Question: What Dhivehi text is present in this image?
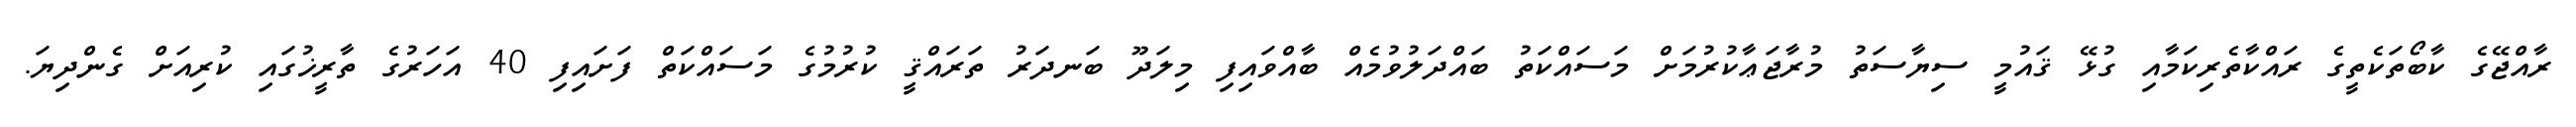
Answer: ރާއްޖޭގެ ކާބޯތަކެތީގެ ރައްކާތެރިކަމާއި ގުޅޭ ޤައުމީ ސިޔާސަތު މުރާޖަޢާކުރުމަށް މަސައްކަތު ބައްދަލުވުމެއް ބާއްވައިފި މިލަދޫ ބަނދަރު ތަރައްޤީ ކުރުމުގެ މަސައްކަތް ފަށައިފި 40 އަހަރުގެ ތާރީޚުގައި ކުރިއަށް ގެންދިޔަ.